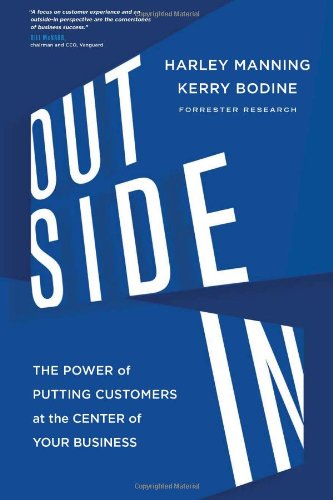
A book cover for Outside In: The Power of Putting Customers at the Center of Your Business; Harley Manning; Business & Money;